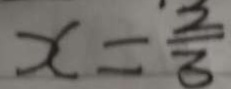
x = \frac { 2 } { 3 }